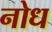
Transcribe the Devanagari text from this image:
नोध